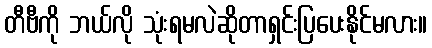
တီဗီကို ဘယ်လို သုံးရမလဲဆိုတာရှင်းပြပေးနိုင်မလား။